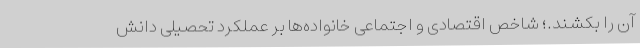
آن را بکشند.؛ شاخص اقتصادی و اجتماعی خانواده‌ها بر عملکرد تحصیلی دانش